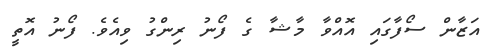
އަޒާން ސޯފާގައި އޮއްވާ މާޝާ ގެ ފޯނު ރިންގު ވިއެވެ. ފޯނު އޮތީ